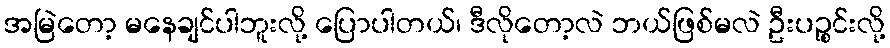
အမြဲတော့ မနေချင်ပါဘူးလို့ ပြောပါတယ်၊ ဒီလိုတော့လဲ ဘယ်ဖြစ်မလဲ ဦးပဉ္စင်းလို့